Report of an investigation of the epidemic of malarial fever in Assam, or, kala-azar
Disease focus: Malaria
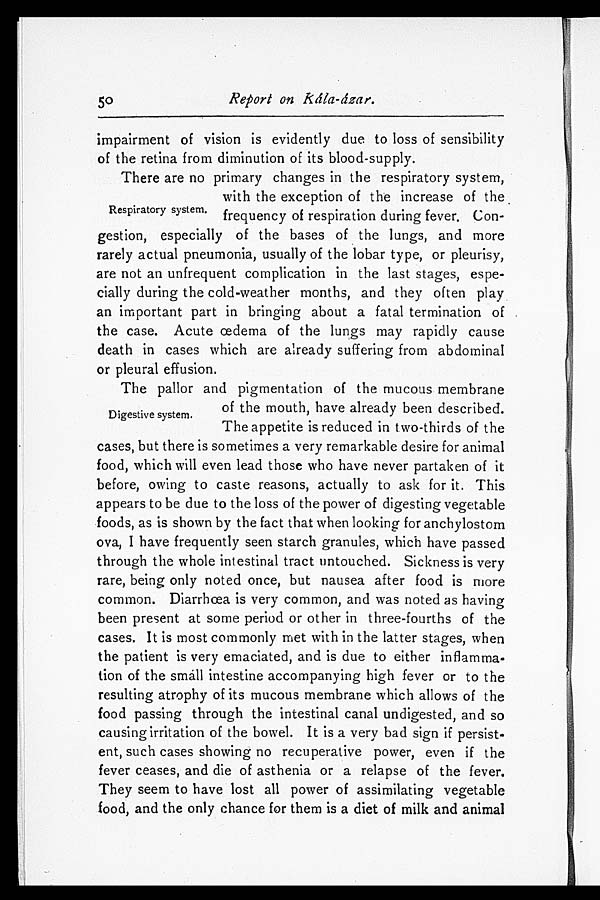
50
Report on Kála-ázar.
impairment of vision is evidently due to loss of sensibility
of the retina from diminution of its blood-supply.
There are no primary changes in the respiratory system,
with the exception of the increase of the
frequency of respiration during fever. Con-
gestion, especially of the bases of the lungs, and more
rarely actual pneumonia, usually of the lobar type, or pleurisy,
are not an unfrequent complication in the last stages, espe-
cially during the cold-weather months, and they often play
an important part in bringing about a fatal termination of
the case. Acute œdema of the lungs may rapidly cause
death in cases which are already suffering from abdominal
or pleural effusion.
The pallor and pigmentation of the mucous membrane
of the mouth, have already been described.
The appetite is reduced in two-thirds of the
cases, but there is sometimes a very remarkable desire for animal
food, which will even lead those who have never partaken of it
before, owing to caste reasons, actually to ask for it. This
appears to be due to the loss of the power of digesting vegetable
foods, as is shown by the fact that when looking for anchylostom
ova, I have frequently seen starch granules, which have passed
through the whole intestinal tract untouched. Sickness is very
rare, being only noted once, but nausea after food is more
common. Diarrhœa is very common, and was noted as having
been present at some period or other in three-fourths of the
cases. It is most commonly met with in the latter stages, when
the patient is very emaciated, and is due to either inflamma-
tion of the small intestine accompanying high fever or to the
resulting atrophy of its mucous membrane which allows of the
food passing through the intestinal canal undigested, and so
causing irritation of the bowel. It is a very bad sign if persist-
ent, such cases showing no recuperative power, even if the
fever ceases, and die of asthenia or a relapse of the fever.
They seem to have lost all power of assimilating vegetable
food, and the only chance for them is a diet of milk and animal
Respiratory system.
Digestive system.